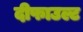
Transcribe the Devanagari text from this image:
दीफाउल्ट